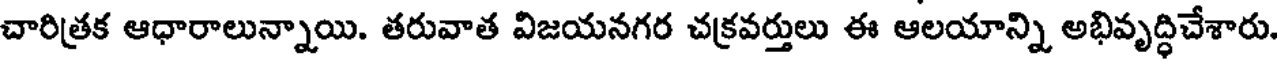
చారిత్రక ఆధారాలున్నాయి. తరువాత విజయనగర చక్రవర్తులు ఈ ఆలయాన్ని అభివృద్ధిచేశారు.